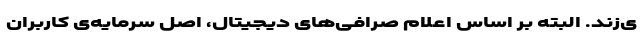
ی‌زند. البته بر اساس اعلام صرافی‌های دیجیتال، اصل سرمایه‌ی کاربران